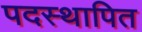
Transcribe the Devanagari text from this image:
पदस्‍थापित